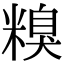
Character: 糗